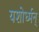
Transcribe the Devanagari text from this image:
यशोर्ध्मन्